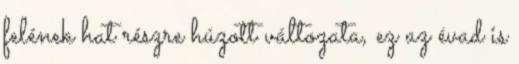
felének hat részre húzott változata, ez az évad is